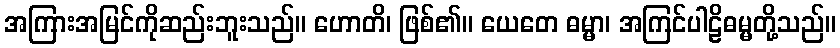
အကြားအမြင်ကိုဆည်းဘူးသည်။ ဟောတိ၊ ဖြစ်၏။ ယေတေ ဓမ္မာ၊ အကြင်ပါဠိဓမ္မတို့သည်။